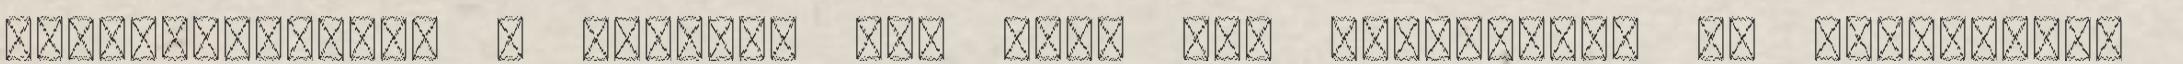
személyzetének a Stellar Web csak egy megjelölt, de ismeretlen